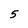
Character: 5